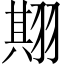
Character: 𱻛